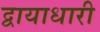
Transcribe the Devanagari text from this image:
द्वायाधारी